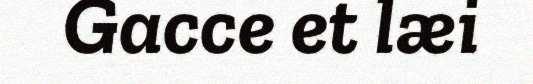
Gacce et læi